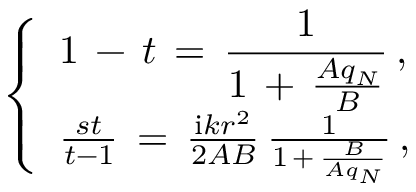
\left\{ \begin{array} { l } { \displaystyle 1 \, - \, t \, = \, \frac 1 { 1 \, + \, \frac { A q _ { N } } B } \, , } \\ { \frac { s t } { t - 1 } \, = \, \frac { \mathrm { i } k r ^ { 2 } } { 2 A B } \, \frac 1 { 1 \, + \, \frac B { A q _ { N } } } \, , } \end{array} \right.